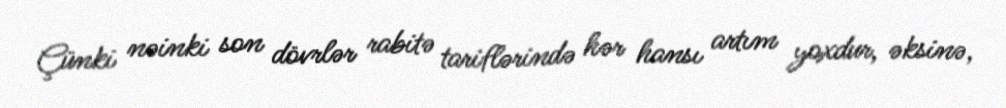
Çünki nəinki son dövrlər rabitə tariflərində hər hansı artım yoxdur, əksinə,